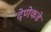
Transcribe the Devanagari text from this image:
देणेकडे